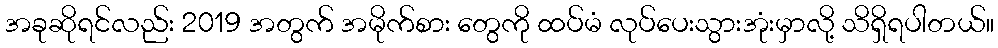
အခုဆိုရင်လည်း 2019 အတွက် အမိုက်စား တွေကို ထပ်မံ လုပ်ပေးသွားအုံးမှာလို့ သိရှိရပါတယ်။